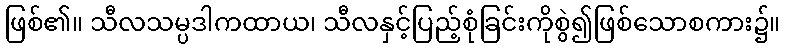
ဖြစ်၏။ သီလသမ္ပဒါကထာယ၊ သီလနှင့်ပြည့်စုံခြင်းကိုစွဲ၍ဖြစ်သောစကား၌။